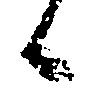
候